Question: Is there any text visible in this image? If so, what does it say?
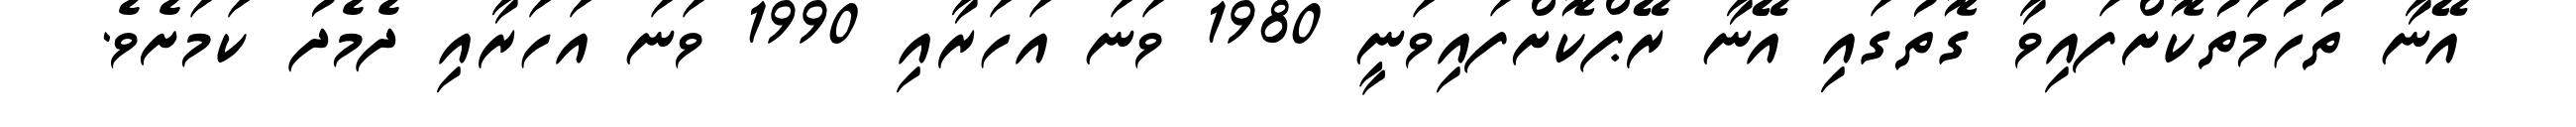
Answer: އޭނާ ތުހުމަތުކޮށްފައިވާ ގޮތުގައި އޭނާ ރޭޕްކޮށްފައިވަނީ 1980 ވަނަ އަހަރާއި 1990 ވަނަ އަހަރާއި ދެމެދު ކަމަށެވެ.